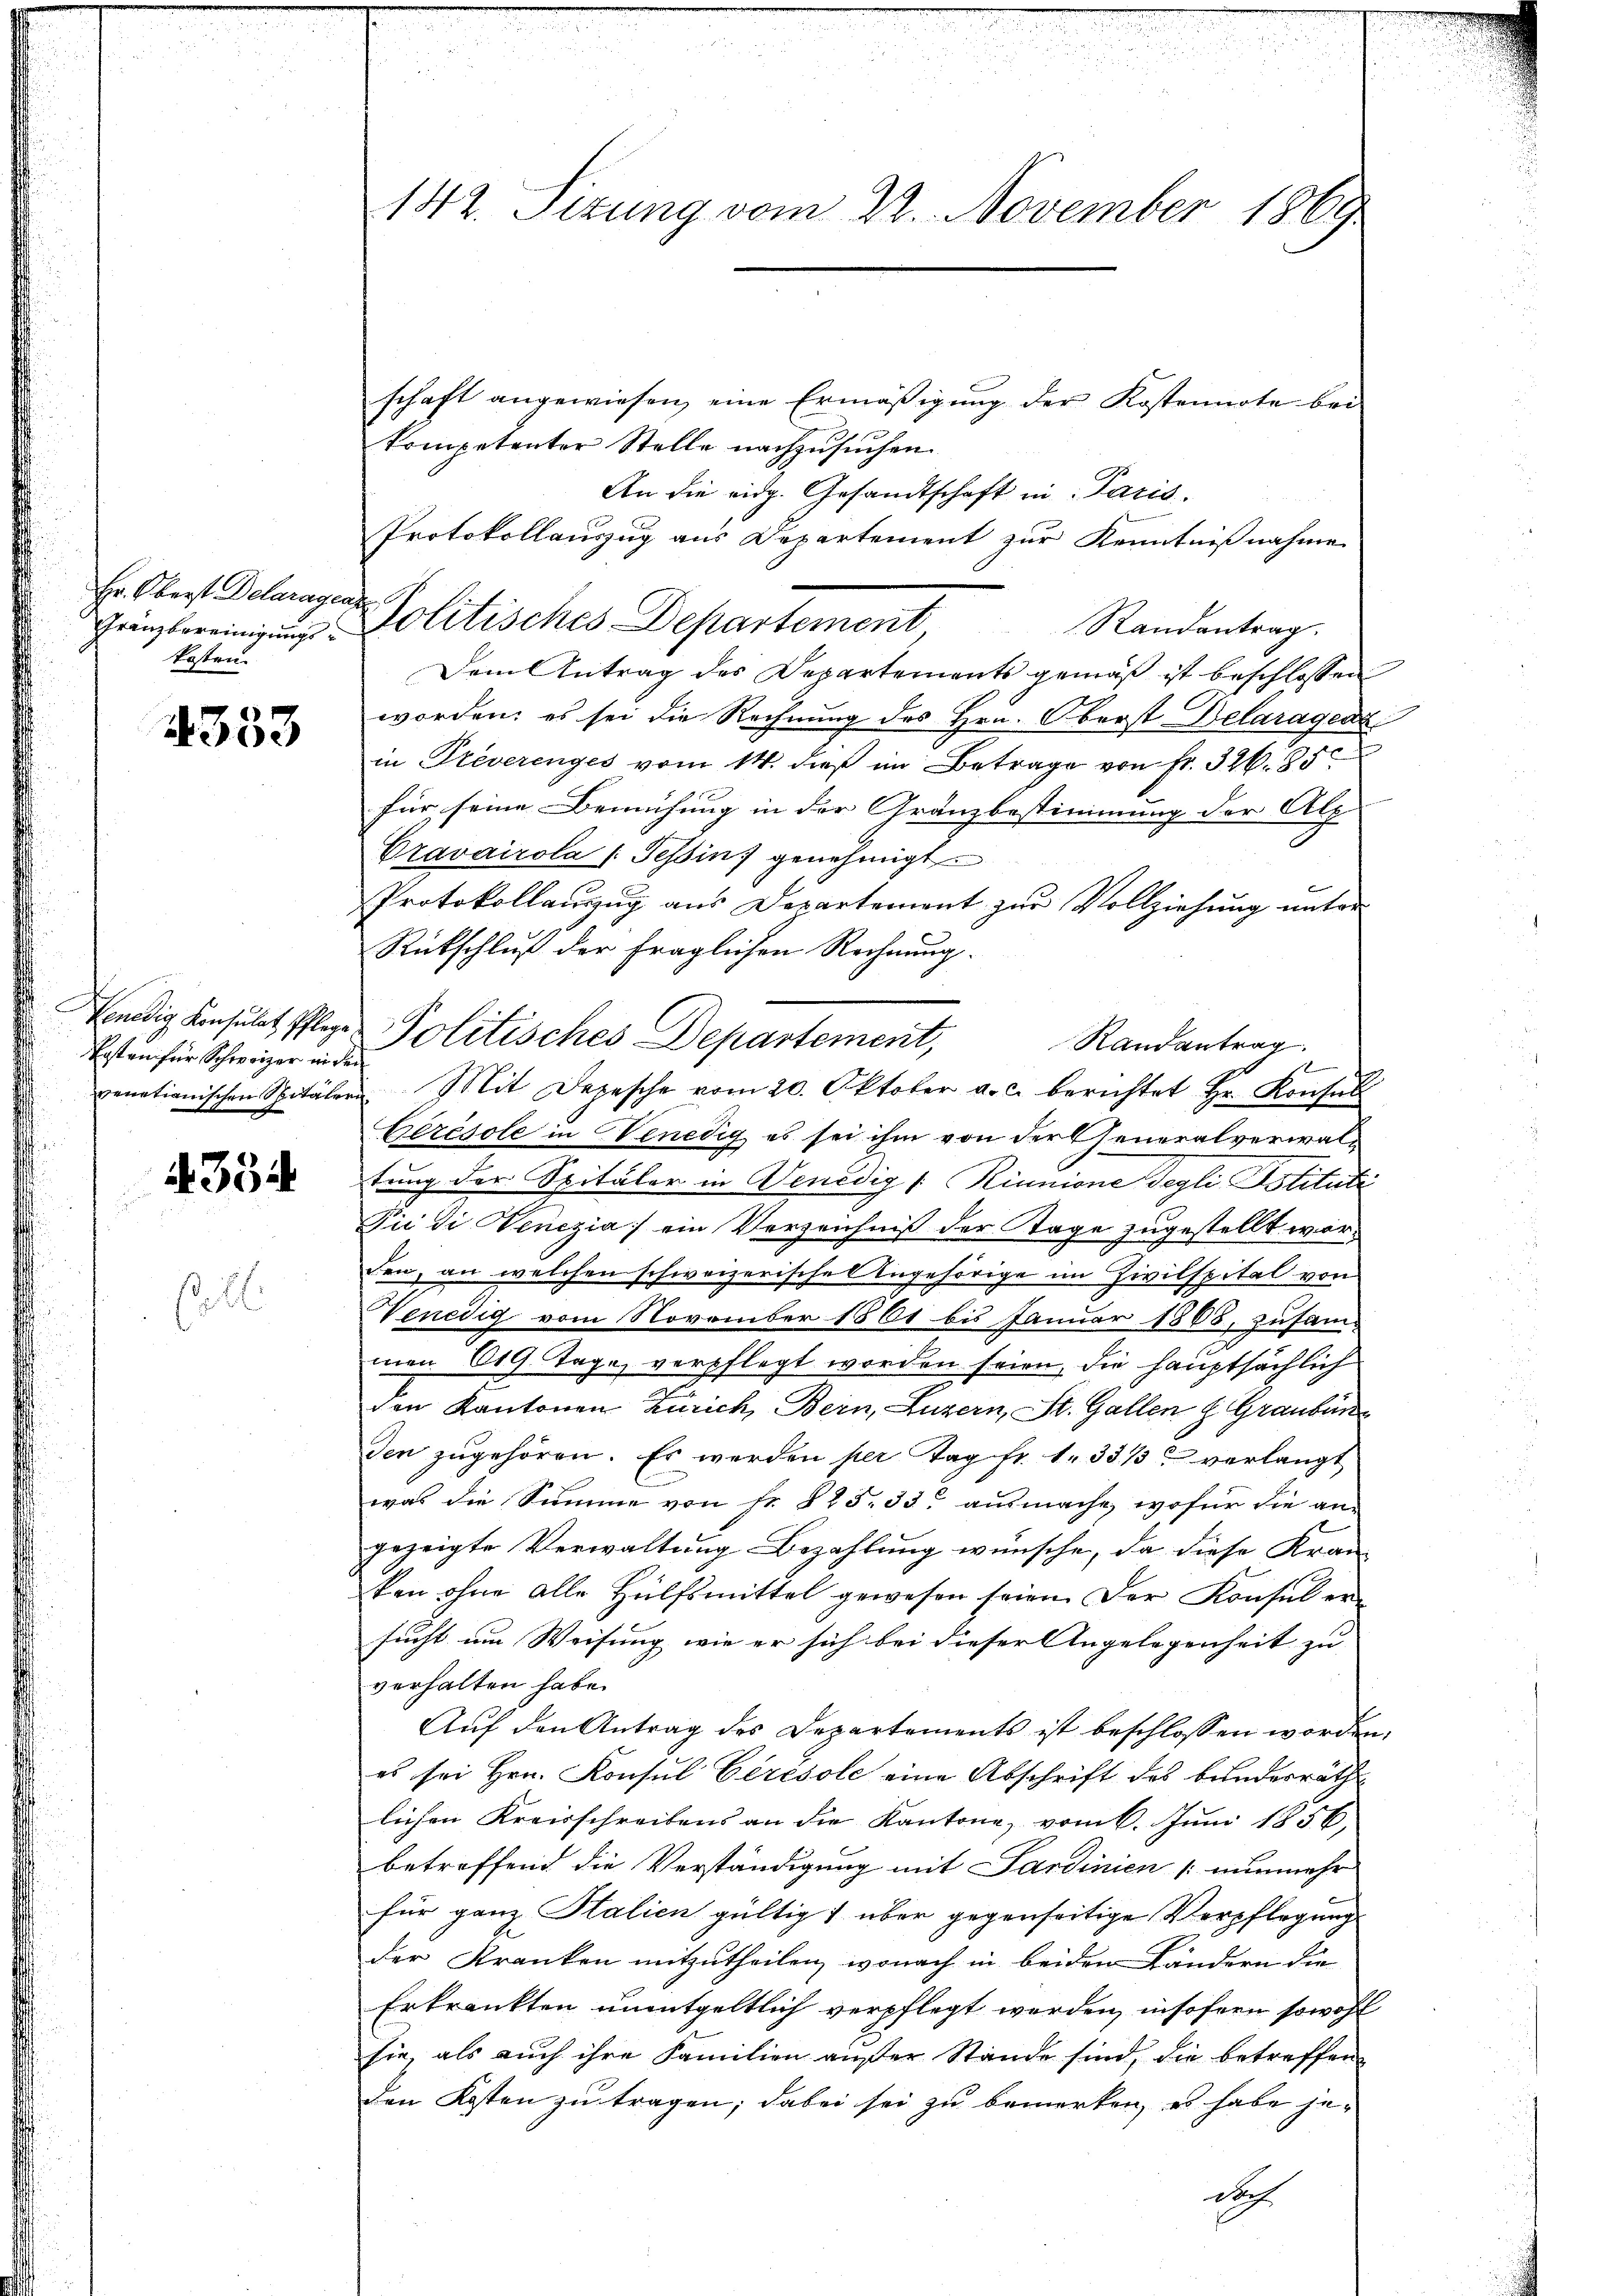
Hr. Oberst Delaragraz
Gränzbereinigungskosten.

4353

Benedig Konsulat Pflege
Kosten für Schweizer in der
venationischen Spitäler

4354.

Crt.

142. Sizung vom 22. November 1869

schaft angewiesen, eine Ermäßigung der Kostennote bei
kompetenter Stelle nachzusuchen.
An die eidg. Gesandtschaft in Paris.
Protokollauszug aus Departement zur Kenntnißnahme
Politisches Departement
Randantrag.
Dem Antrag des Departements gemäß ist beschlossen
worden; es sei die Rechnung des Hrn. Oberst Delaragen
in Preverenges vom 14. dieß im Betrage von Fr. 326. 85
für seine Bemühung in der Gränzbestimmung der Alp
Cravairola (Tessin, genehmigt.
Protokollauszug aus Departement zur Vollziehung unter
Rückschluß der fraglichen Rechnung.
Politisches Departement,
Randantrag
Mit Depesche vom 20. Oktober a. c. berichtet Hr. Konsul
Cérésole in Venedig es sei ihm von der Generalverwaltung der Spitäler in Venedig /: Rinnione degli Pstituti
Pii di Venezia) ein Verzeichniß der Tage zugestellt worden, an welchen schweizerisches Angehörige im Zivilspital von
Venedig vom November 1861 bis Januar 1868, zusam-
men 619. Tage verpflegt worden seien, die hauptsächlich
den Kantonen Zürich, Bern, Luzern, St. Gallen & Graubün
den zugehören. Es werden per Tag fr. 1. 33 1/3 verlangt
was die Summe von Fr. 825. 33. ausmache, wofür die an-
gezeigte Verwaltung Bezahlung wünsche, da diese Kran-
ken ohne alle Hülfsmittel gewesen seien. Der Konsul ersucht um Weisung wie er sich bei dieser Angelegenheit zu
verhalten habe.
Aŭf den Antrag des Departements ist beschlossen worden,
es sei Hrn. Konsul Ceresole eine Abschrift des bundesräth
lichen Kreisschreibens an die Kantone, vom 6. Juni 1856,
betreffend die Verständigung mit Sardinien [nunmehr
für ganz Stalien gültig über gegenseitige Verpflegung
der Kranken mitzutheilen, wonach in beiden Ländern die
Erkrankten unentgeltlich verpflegt werden, insofern sowohl
sie, als auch ihre Familien ander Stande sind, die betreffen
den Kosten zu tragen; dabei sei zu bemerken, es habe jedoch